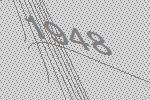
1948